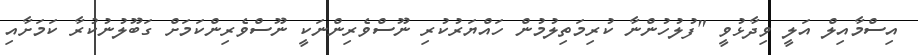
އިސްމާއިލް އަލީ ވިދާޅުވީ "ފުލުހުންނާ ކުރިމަތިލުމުން ހައްޔަރުކުރި ނޫސްވެރިންނަކީ ނޫސްވެރިންކަމަށް ގަބޫލުނުކުރާ ކަމަށާއި